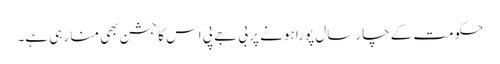
حکومت کے چار سال پورا ہونے پر بی جے پی اس کا جشن بھی منا رہی ہے۔